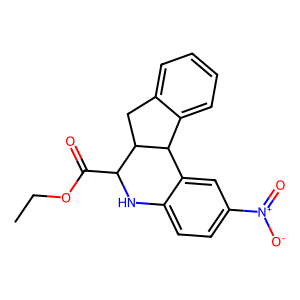
SMILES: CCOC(=O)C1Nc2ccc([N+](=O)[O-])cc2C2c3ccccc3CC12
Inhibits HIV replication: No